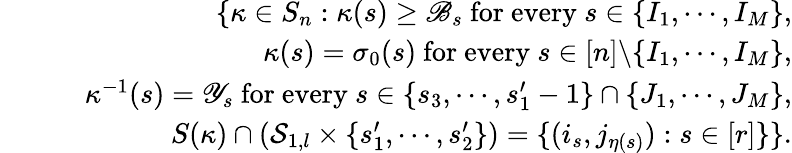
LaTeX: \begin{array}{rlr}&{}&{\{ \kappa\in S_{n}:\kappa(s)\geq\mathscr{B}_{s}\mathrm{~for~every~}s\in\{ I_{1},\cdots,I_{M}\} ,}\\ &{}&{\quad\kappa(s)=\sigma_{0}(s)\mathrm{~for~every~}s\in[n]\backslash\{ I_{1},\cdots,I_{M}\} ,}\\ &{}&{\quad\kappa^{-1}(s)=\mathscr{Y}_{s}\mathrm{~for~every~}s\in\{ s_{3},\cdots,s_{1}^{\prime}-1\} \cap\{ J_{1},\cdots,J_{M}\} ,}\\ &{}&{\quad S(\kappa)\cap(\mathcal{S}_{1,l}\times\{ s_{1}^{\prime},\cdots,s_{2}^{\prime}\} )=\{ (i_{s},j_{\eta(s)}):s\in[r]\} \} .}\end{array}